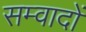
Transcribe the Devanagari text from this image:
सम्वादों